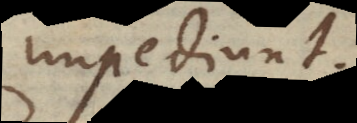
impediunt.